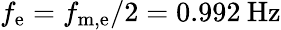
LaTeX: f_{\mathrm{e}}=f_{\mathrm{m,e}}/2=0.992\: \mathrm{Hz}